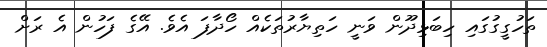
ތަހުގީގުގައި ހިބަޅިދޫން ވަނީ ހަތިޔާރުތަކެއް ހޯދާފަ އެވެ. އޭގެ ފަހުން އެ ރަށް